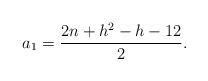
LaTeX: \begin{align*}a_1=\frac{2n+h^2-h-12}{2}.\end{align*}